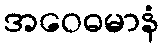
အဝေဓမာနံ